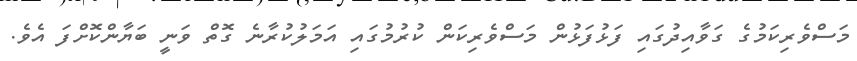
މަސްވެރިކަމުގެ ގަވާއިދުގައި ފަޅުފަޅުން މަސްވެރިކަން ކުރުމުގައި އަމަލުކުރާނެ ގޮތް ވަނީ ބަޔާންކޮށްފަ އެވެ.